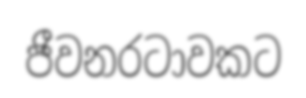
ජීවනරටාවකට